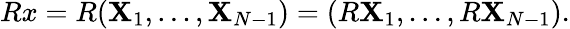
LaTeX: Rx=R({\mathbf{X}}_{1},\ldots,{\mathbf{X}}_{N-1})=(R{\mathbf{X}}_{1},\ldots,R{\mathbf{X}}_{N-1}).